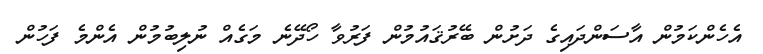
އެހެންކަމުން އާސަންދައިގެ ދަށުން ބޭރުޤައުމުން ފަރުވާ ހޯދޭނެ މަގެއް ނުލިބުމުން އެންމެ ފަހުން